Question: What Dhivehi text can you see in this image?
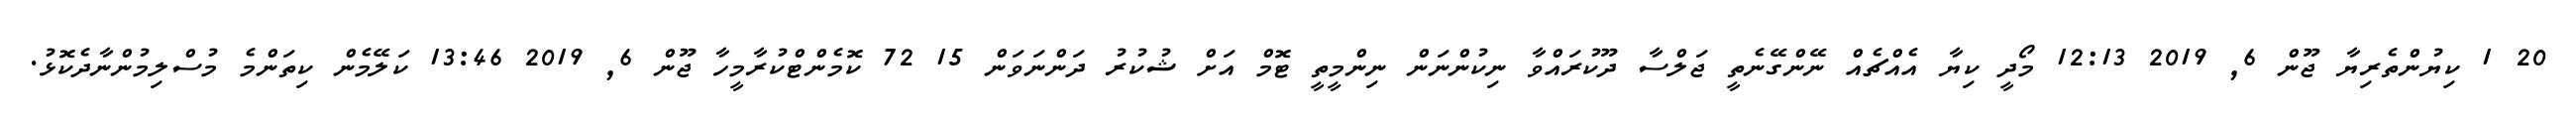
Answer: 20 1 ކިޔުންތެރިޔާ ޖޫން 6, 2019 12:13 މޯދީ ކިޔާ އެއްޗެއް ނޭންގޭނެތީ ޖަލްސާ ދޫކުރައްވާ ނިކުންނަން ނިންމީތީ ޓޮމް އަށް ޝުކުރު ދަންނަވަން 15 72 ކޮމެންޓްކުރާމީހާ ޖޫން 6, 2019 13:46 ކަލޭމެން ކިތަންމެ މުސްލިމުންނާދެކޮޅު.